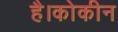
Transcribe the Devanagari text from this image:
है।कोकीन